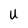
Character: U